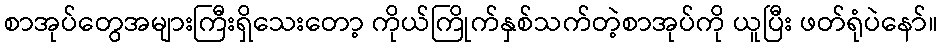
စာအုပ်တွေအများကြီးရှိသေးတော့ ကိုယ်ကြိုက်နှစ်သက်တဲ့စာအုပ်ကို ယူပြီး ဖတ်ရုံပဲနော်။